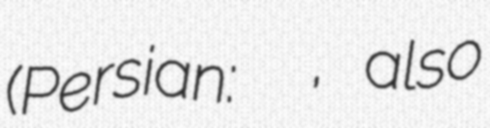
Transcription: (Persian: كلكان افتابرو, also